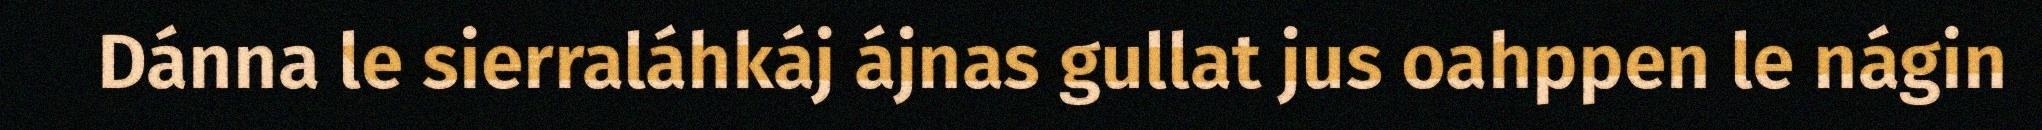
Dánna le sierraláhkáj ájnas gullat jus oahppen le nágin